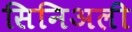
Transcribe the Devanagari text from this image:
सिनिअली